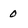
Character: 0